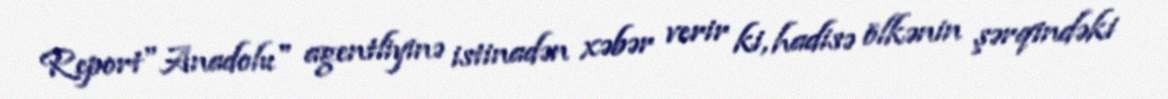
Report"Anadolu" agentliyinə istinadən xəbər verir ki, hadisə ölkənin şərqindəki